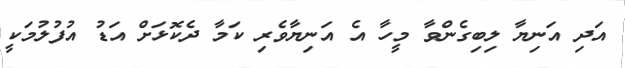
އަދި އަނިޔާ ލިބިގެންވާ މީހާ އެ އަނިޔާވެރި ކަމާ ދެކޮޅަށް އަޑު އުފުލުމަކީ